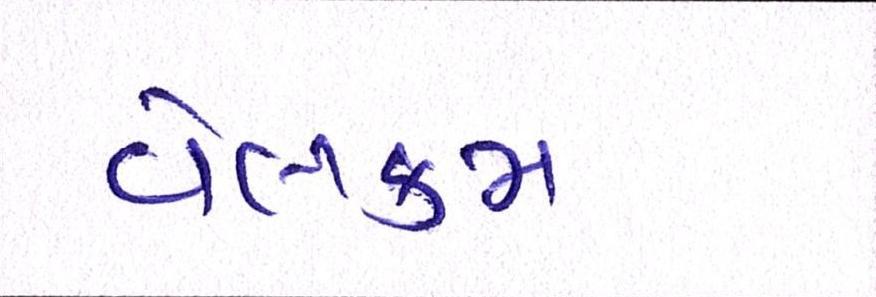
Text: વેલકમ